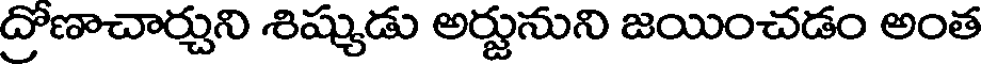
ద్రోణాచార్చుని శిష్యుడు అర్జునుని జయించడం అంత